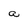
Character: a